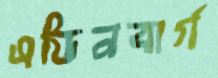
এডিনবার্গ